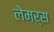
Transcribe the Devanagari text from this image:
लेमर्स